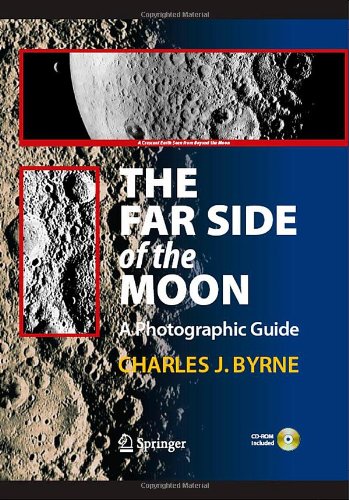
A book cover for The Far Side of the Moon: A Photographic Guide (The Patrick Moore Practical Astronomy Series); Charles Byrne; Science & Math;